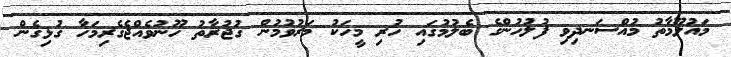
މައުލޫމާތު މުއްސަނދިވި ފުލުހުންގެ ބެލުމުގައި ހުރި މީހަކު މަރުވުމުން ގުޖުރާތު ހޫނުވެއްޖެގެރިމަހާ ގުޅިގެން